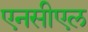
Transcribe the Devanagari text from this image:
एनसीएल